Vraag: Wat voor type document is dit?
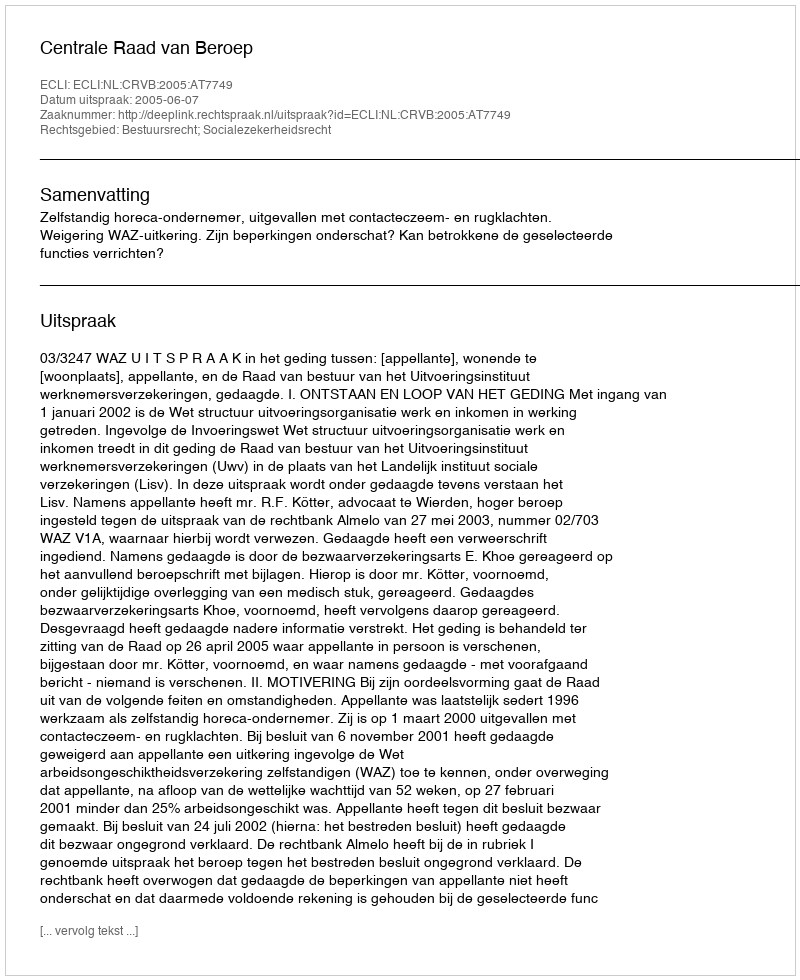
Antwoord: Uitspraak